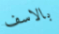
بالاسف